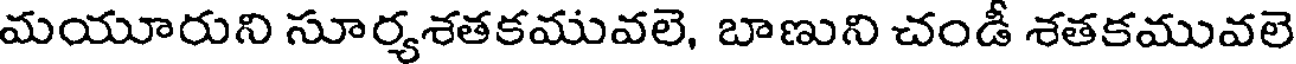
మయూరుని సూర్యశతకమువలె, బాణుని చండీ శతకమువలె